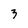
Character: 3